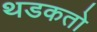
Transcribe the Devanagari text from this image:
थडकतो